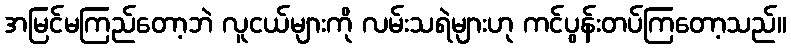
အမြင်မကြည်တော့ဘဲ လူငယ်များကို လမ်းသရဲများဟု ကင်ပွန်းတပ်ကြတော့သည်။